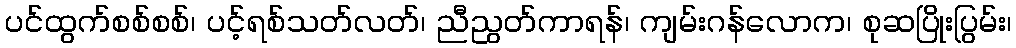
ပင်ထွက်စစ်စစ်၊ ပင့်ရစ်သတ်လတ်၊ ညီညွတ်ကာရန်၊ ကျမ်းဂန်လောက၊ စုဆပြိုးပြွမ်း၊